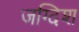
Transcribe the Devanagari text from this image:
जग्दिश